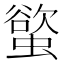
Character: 螸